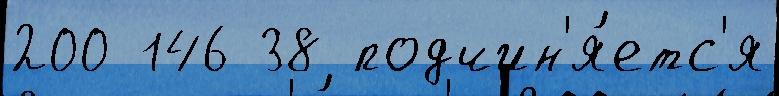
200 146 38 подчин'я́етс'я